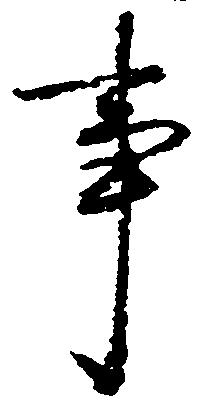
事